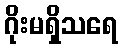
ဂိုးမရှိသရေ